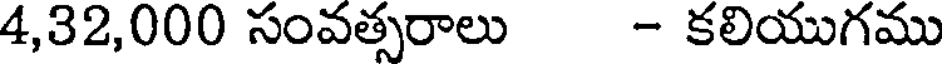
4,32,000 సంవత్సరాలు - కలియుగము